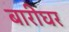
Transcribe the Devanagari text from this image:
बारीघर